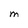
Character: M